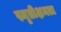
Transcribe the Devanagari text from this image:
स्मृतीक्षमता